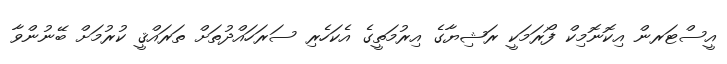
އީސްޓަރން އިކޮނޮމިކް ފޯރަމަކީ ރަޝިޔާގެ އިރުމަތީގެ އެކަހެރި ސަރަހައްދުތަށް ތަރައްޤީ ކުރުމަށް ބޭނުންވާ